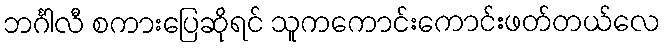
ဘင်္ဂါလီ စကားပြေဆိုရင် သူကကောင်းကောင်းဖတ်တယ်လေ